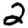
Digit: 2